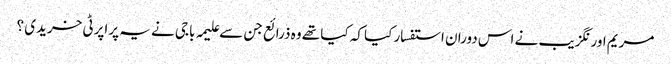
مریم اورنگزیب نے اس دوران استفسار کیا کہ کیا تھے وہ ذرائع جن سے علیمہ باجی نے یہ پراپرٹی خریدی ؟